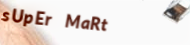
sUpEr MaRt